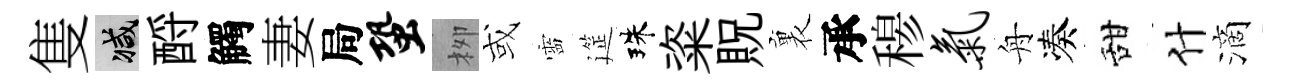
隻减酹觸妻局蛩栁或靈筵珠粢貺裏承𥠇气舟凑甜什滴